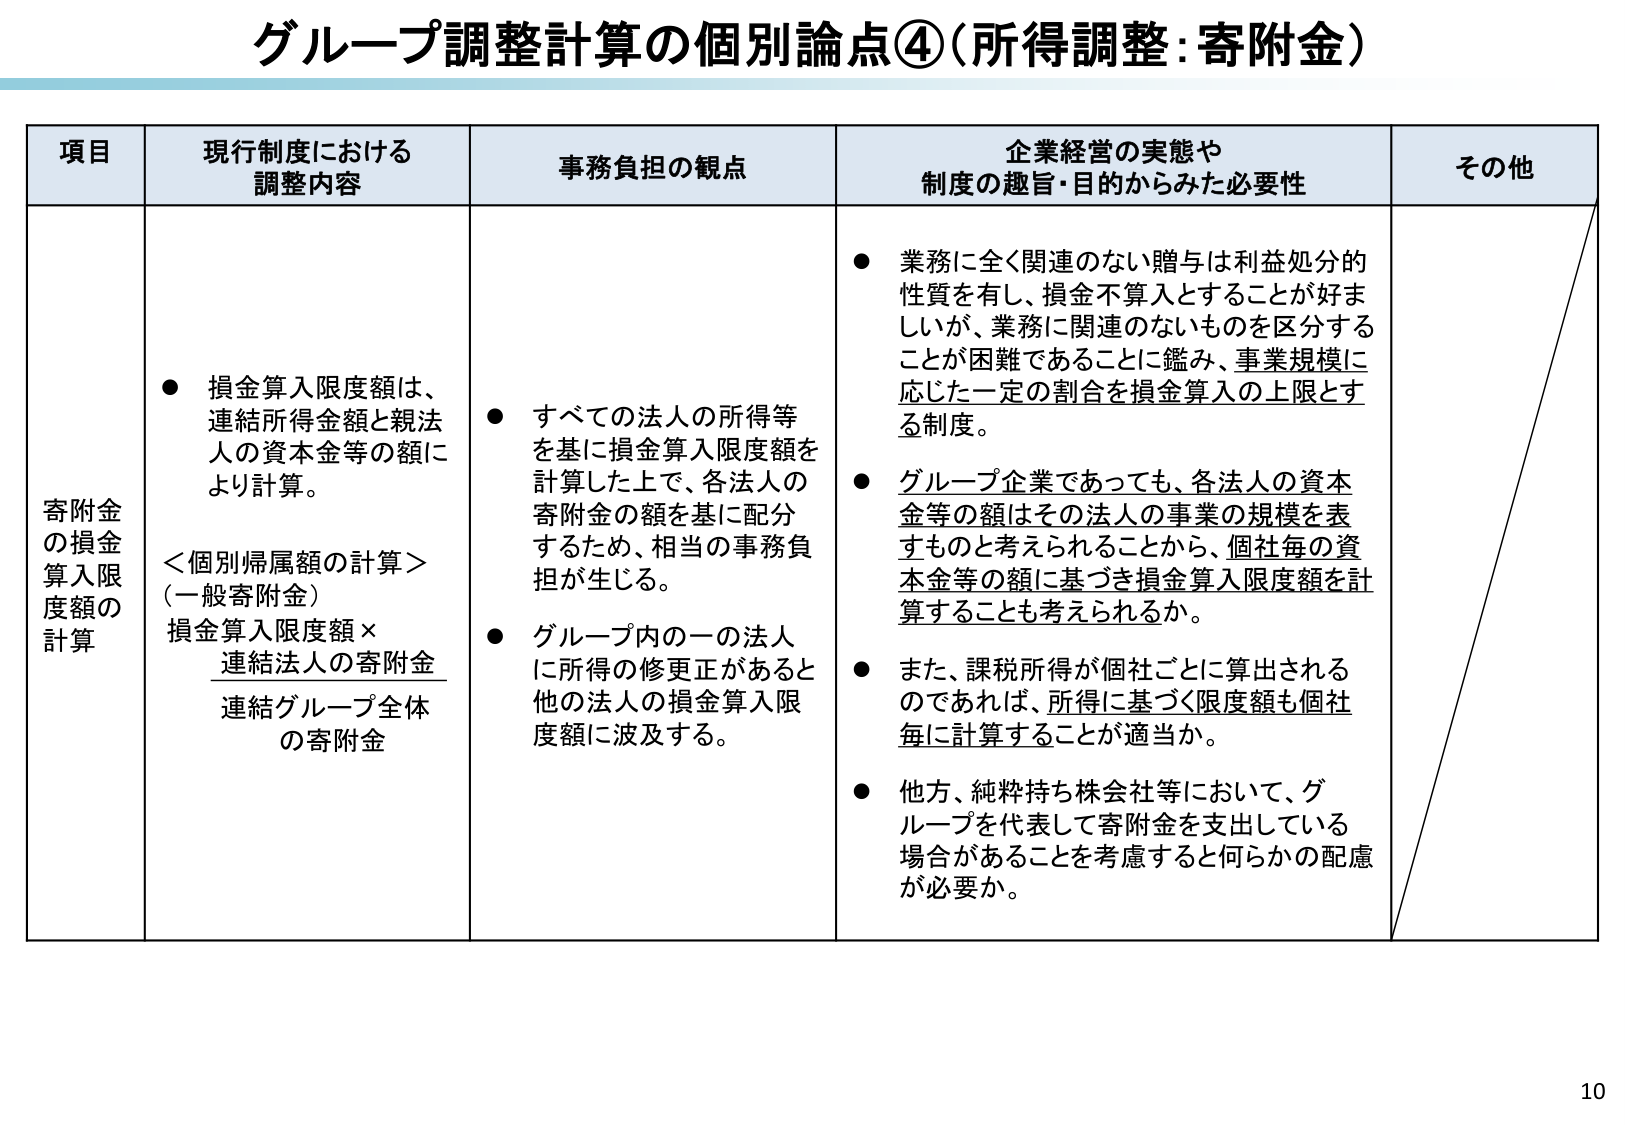
グループ調整計算の個別論点④（所得調整：寄附金）

項目 現行制度における調整内容 事務負担の観点 企業経営の実態や制度の趣旨・目的からみた必要性 その他

寄附金の損金算入限度額の計算
● 損金算入限度額は、連結所得金額と親法人の資本金等の額により計算。
＜個別帰属額の計算＞
（一般寄附金）
損金算入限度額 × 連結法人の寄附金
連結グループ全体の寄附金

● すべての法人の所得等を基に損金算入限度額を計算した上で、各法人の寄附金の額を基に配分するため、相当の事務負担が生じる。
● グループ内の一つの法人に所得の修正があると他の法人の損金算入限度額に波及する。

● 業務に全く関連のない贈与は利益処分的性質を有し、損金不算入とすることが好ましいが、業務に関連のないものを区分することが困難であることに鑑み、事業規模に応じた一定の割合を損金算入の上限とする制度。
● グループ企業であっても、各法人の資本金等の額はその法人の事業の規模を表すものと考えられることから、個社毎の資本金等の額に基づき損金算入限度額を計算することも考えられるか。
● また、課税所得が個社ごとに算出されるのであれば、所得に基づく限度額も個社毎に計算することが適当か。
● 他方、純粋持ち株会社等において、グループを代表して寄附金を支出している場合があることを考慮すると何らかの配慮が必要か。

10